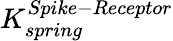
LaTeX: K_{spring}^{Spike-Receptor}